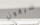
سيكون